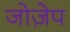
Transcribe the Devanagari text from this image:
जोज़ेप